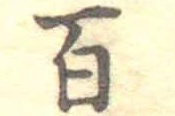
百